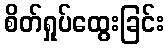
စိတ်ရှုပ်ထွေးခြင်း